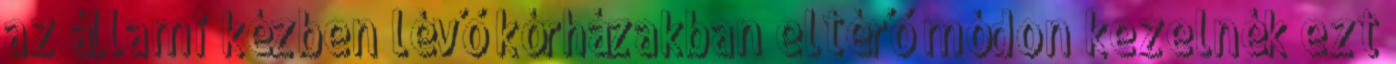
az állami kézben lévő kórházakban eltérő módon kezelnék ezt